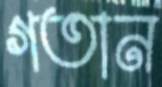
গতান